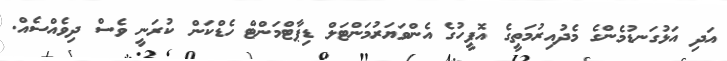
އަދި އަޅުގަނޑުމެންގެ މެދުއިރުމަތީގެ އޮފީހުގެ އެންވަޔަރުމަންޓަލް ޑިޕާޓްމަންޓް ހެޑްކަން ކުރަނީ ވެސް ދިވެއްސެއް.